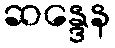
ဆန္ဒေန